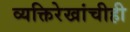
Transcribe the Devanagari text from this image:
व्यक्तिरेखांचीही